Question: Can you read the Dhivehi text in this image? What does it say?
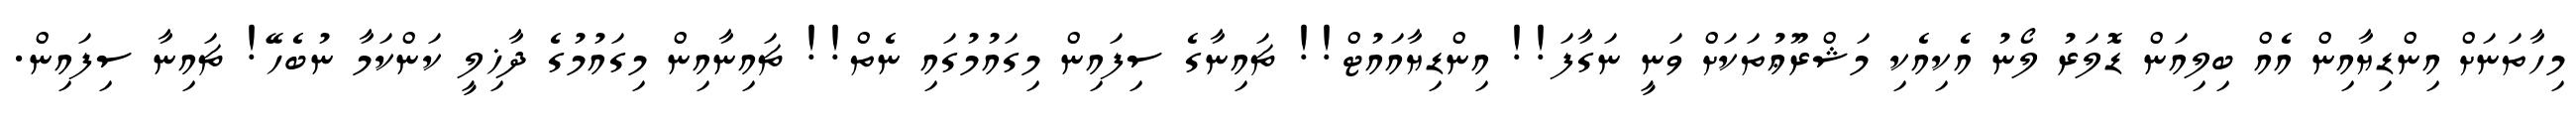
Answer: މިހާތަނަށް އިންޑިޔާއިން އެއް ބިލިއަން ޑޮލަރު ލޯނު އެކިއެކި މަޝްރޫޢުތަކަށް ވަނީ ނަގާފަ!! އިންޑިޔާއައުޓް!! ޗައިނާގެ ސިފައިން މިގައުމުގައި ނެތް!! ޗައިނާއިން މިގައުމުގެ ދާޚިލީ ކަންކަމާ ނުބެހޭ! ޗައިނާ ސިފައިން.